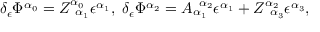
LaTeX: \delta _ { \epsilon } \Phi ^ { \alpha _ { 0 } } = Z _ { \; \; \alpha _ { 1 } } ^ { \alpha _ { 0 } } \epsilon ^ { \alpha _ { 1 } } , \; \delta _ { \epsilon } \Phi ^ { \alpha _ { 2 } } = A _ { \alpha _ { 1 } } ^ { \; \; \alpha _ { 2 } } \epsilon ^ { \alpha _ { 1 } } + Z _ { \; \; \alpha _ { 3 } } ^ { \alpha _ { 2 } } \epsilon ^ { \alpha _ { 3 } } ,